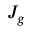
J _ { g }